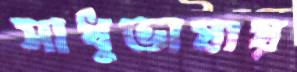
সাধুভাষায়